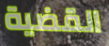
القضية